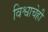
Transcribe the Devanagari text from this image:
विश्वाचेही